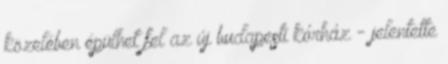
közelében épülhet fel az új budapesti kórház - jelentette